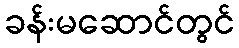
ခန်းမဆောင်တွင်